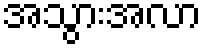
အသွားအလာ